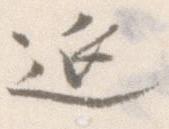
延